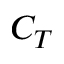
C _ { T }